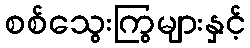
စစ်သွေးကြွများနှင့်